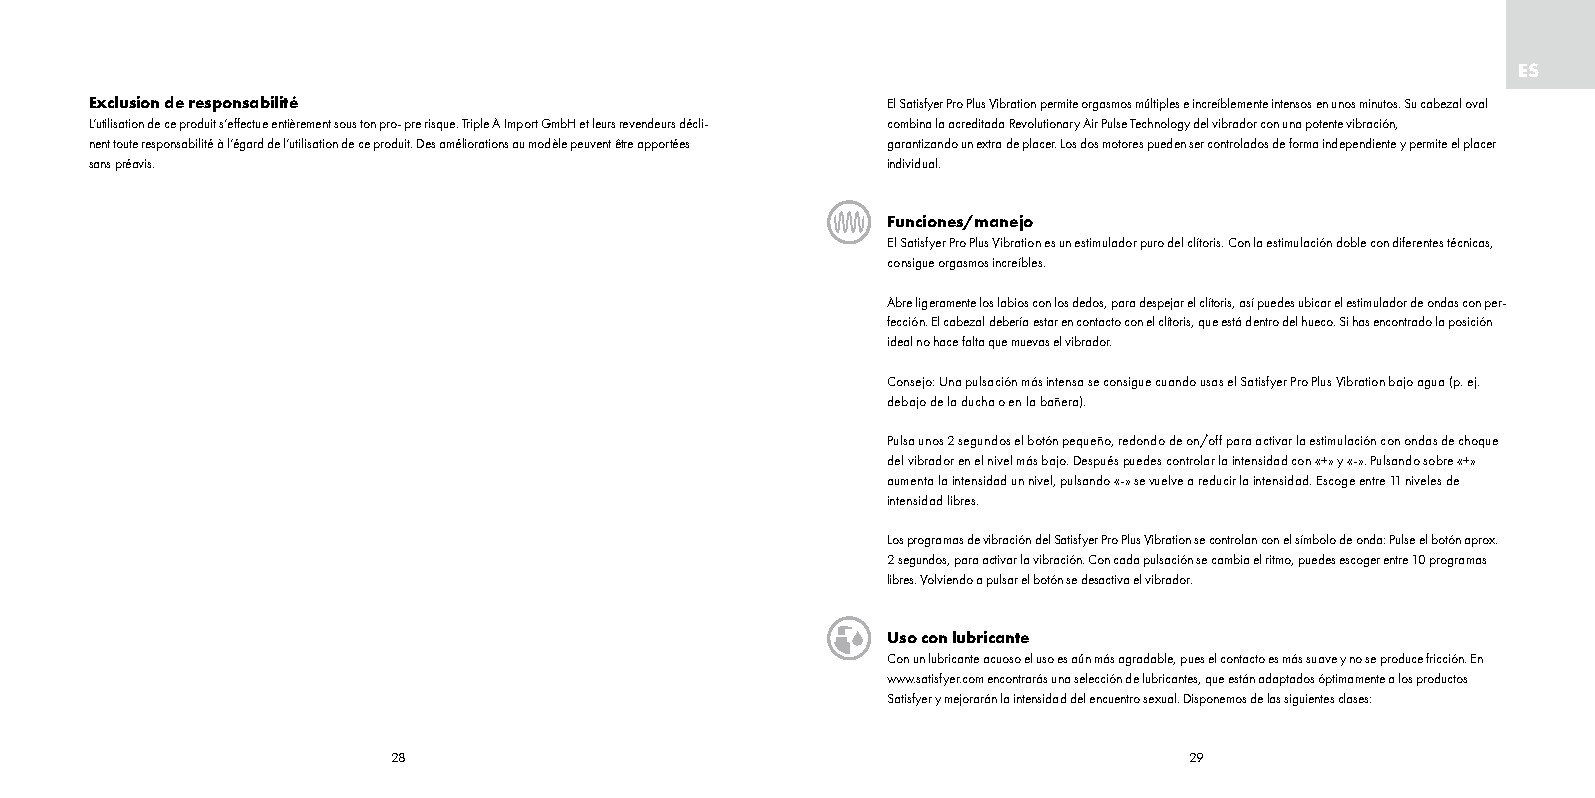
ES
 Exclusion de responsabilité                          El Satisfyer Pro Plus Vibration permite orgasmos múltiples e increíblemente intensos en unos minutos. Su cabezal oval
 L’utilisation de ce produit s’effectue entièrement sous ton pro- pre risque. Triple A Import GmbH et leurs revendeurs déc-li combina la acreditada Revolutionary Air Pulse Technology del vibrador con una potente vibración,
 nent toute responsabilité à l’égard de l’utilisation de ce produit. Des améliorations au modèle peuvent être apportées garantizando un extra de placer. Los dos motores pueden ser controlados de forma independiente y permite el placer
 sans préavis.                                        individual.
 Funciones/manejo
 El Satisfyer Pro Plus Vibration es un estimulador puro del clítoris. Con la estimulación doble con diferentes técnicas,
 consigue orgasmos increíbles.
 Abre ligeramente los labios con los dedos, para despejar el clítoris, así puedes ubicar el estimulador de ondas con per-
 fección. El cabezal debería estar en contacto con el clítoris, que está dentro del hueco. Si has encontrado la posición
 ideal no hace falta que muevas el vibrador.
 Consejo: Una pulsación más intensa se consigue cuando usas el Satisfyer Pro Plus Vibration bajo agua (p. ej.
 debajo de la ducha o en la bañera).
 Pulsa unos 2 segundos el botón pequeño, redondo de on/off para activar la estimulación con ondas de choque
 del vibrador en el nivel más bajo. Después puedes controlar la intensidad con «+» y «-». Pulsando sobre «+»
 aumenta la intensidad un nivel, pulsando «-» se vuelve a reducir la intensidad. Escoge entre 11 niveles de
 intensidad libres.
 Los programas de vibración del Satisfyer Pro Plus Vibration se controlan con el símbolo de onda: Pulse el botón aprox .
 2 segundos, para activar la vibración. Con cada pulsación se cambia el ritmo, puedes escoger entre 10 programas
 libres. Volviendo a pulsar el botón se desactiva el vibrador.
 Uso con lubricante
 Con un lubricante acuoso el uso es aún más agradable, pues el contacto es más suave y no se produce fricción. En
 www.satisfyer.com encontrarás una selección de lubricantes, que están adaptados óptimamente a los productos
 Satisfyer y mejorarán la intensidad del encuentro sexual. Disponemos de las siguientes clases:
 28                                                   29